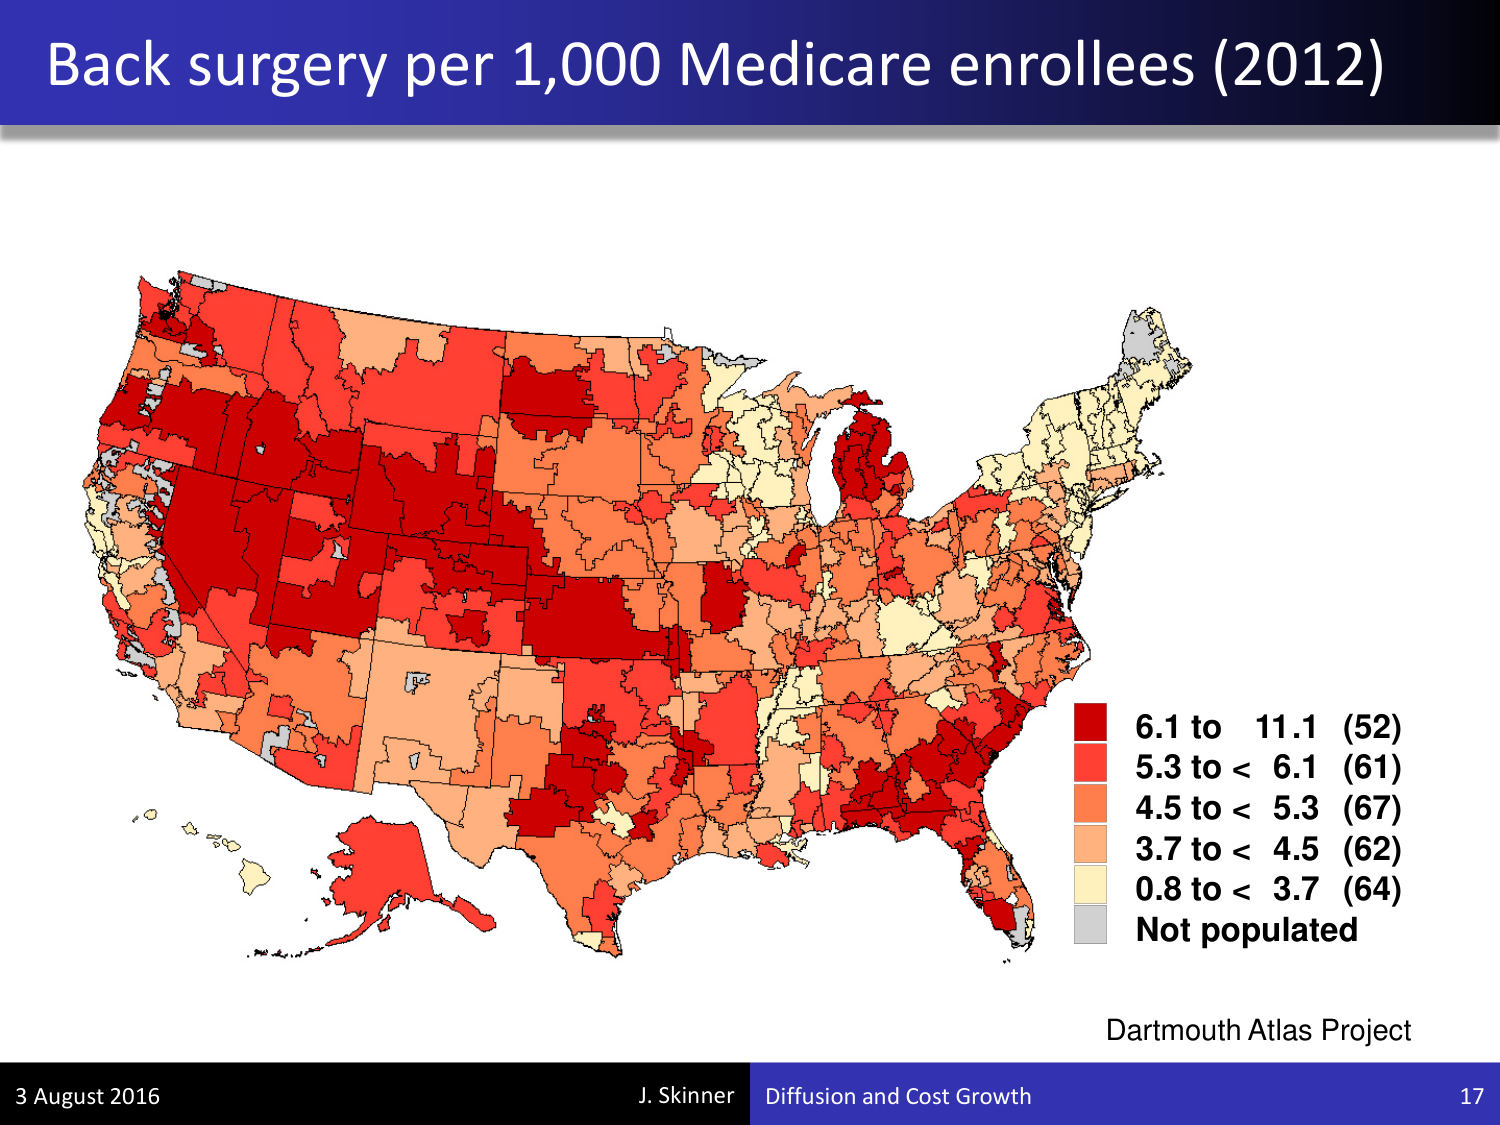
Back surgery per 1,000 Medicare enrollees (2012)

6.1 to 11.1 (52)
5.3 to < 6.1 (61)
4.5 to < 5.3 (67)
3.7 to < 4.5 (62)
0.8 to < 3.7 (64)
Not populated

Dartmouth Atlas Project

3 August 2016
J. Skinner Diffusion and Cost Growth
17